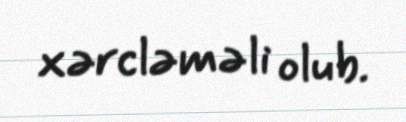
xərcləməli olub.